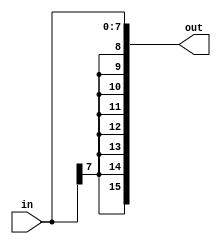
module SIGN_EXT ( in, out );
parameter IN_SIZE = 8;
input [IN_SIZE - 1:0] in;
output reg [15:0] out;

always@(*)

out = {{(16 - IN_SIZE){in[IN_SIZE - 1]}}, in };

endmodule